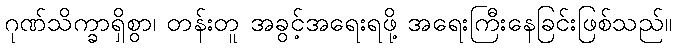
ဂုဏ်သိက္ခာရှိစွာ၊ တန်းတူ အခွင့်အရေးရဖို့ အရေးကြီးနေခြင်းဖြစ်သည်။